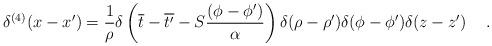
LaTeX: \begin{align*}\delta^{(4)} (x-x^{\prime}) = \frac{1}{\rho} \delta \left( \overline{t} - \overline{t^{\prime}} - S \frac{(\phi - \phi^{\prime})}{\alpha} \right)\delta (\rho - \rho^{\prime}) \delta (\phi - \phi^{\prime}) \delta(z-z^{\prime}) \hspace{0.5cm}.\end{align*}